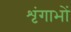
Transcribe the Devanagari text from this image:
शृंगाभों